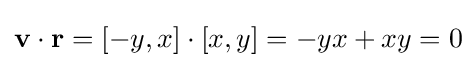
\mathbf {v} \cdot \mathbf {r} =[-y,x]\cdot [x,y]=-yx+xy=0